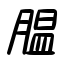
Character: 膃